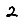
Digit: 2